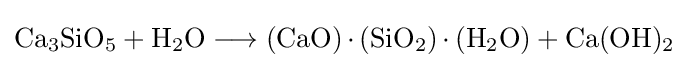
{\mathrm {Ca} {\vphantom {A}}_{\smash[{t}]{3}}\mathrm {SiO} {\vphantom {A}}_{\smash[{t}]{5}}{}+{}\mathrm {H} {\vphantom {A}}_{\smash[{t}]{2}}\mathrm {O} {}\mathrel {\longrightarrow } {}(\mathrm {CaO} )\,{\cdot }\,(\mathrm {SiO} {\vphantom {A}}_{\smash[{t}]{2}})\,{\cdot }\,(\mathrm {H} {\vphantom {A}}_{\smash[{t}]{2}}\mathrm {O} ){}+{}\mathrm {Ca} (\mathrm {OH} ){\vphantom {A}}_{\smash[{t}]{2}}}